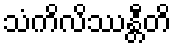
သံကိလိဿန္တီတိ